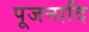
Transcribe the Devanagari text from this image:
पूजनादि